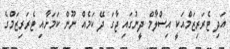
އަދި ޓެރަރިޒަމްއަކީ އިސްލާމް ދީނުގައި ޖާގަ ދޭ ކަމެއް ނޫން ކަމަށާއި ޓެރަރިޒަމްގެ